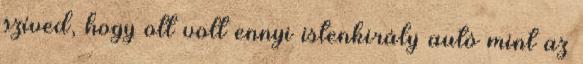
szíved, hogy ott volt ennyi istenkirály autó mint az